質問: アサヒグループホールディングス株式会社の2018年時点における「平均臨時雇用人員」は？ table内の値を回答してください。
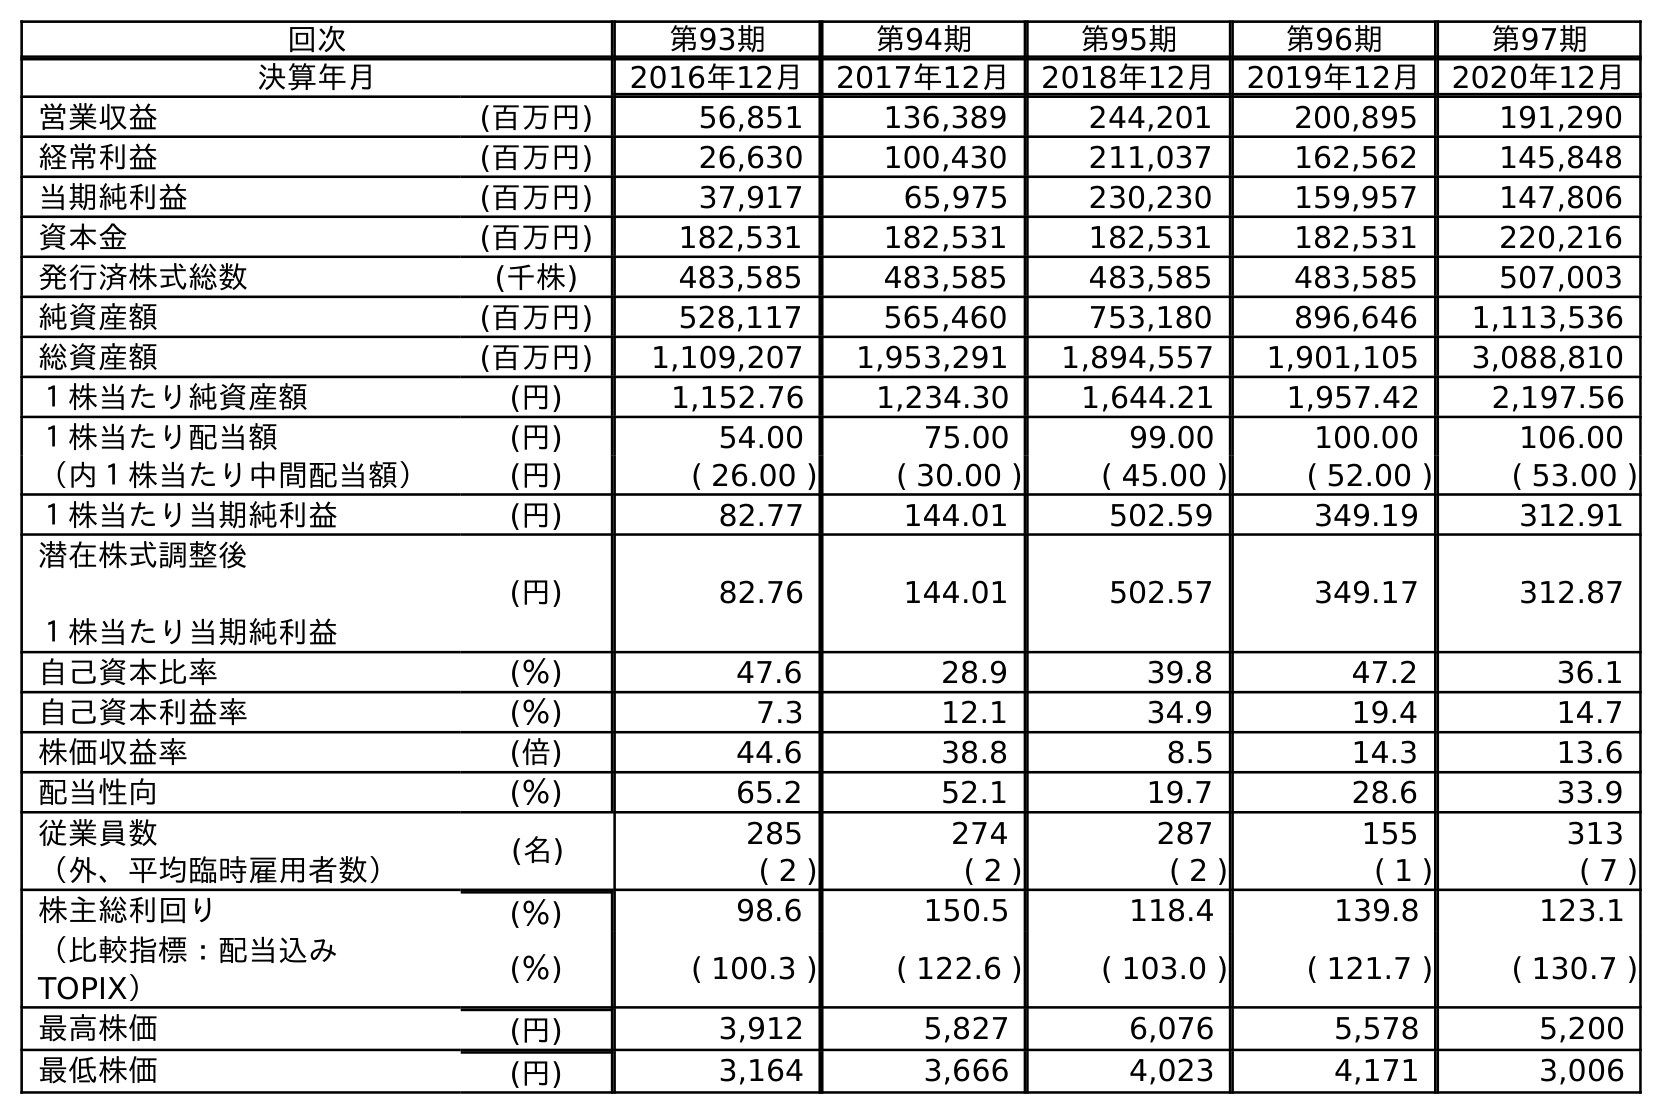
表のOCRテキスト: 回次 第93期 第94期 第95期 第96期 第97期 決算年月 2016年12月 2017年12月 2018年12月 2019年12月 2020年12月 営業収益 (百万円) 56,851 136,389 244,201 200,895 191,290 経常利益 (百万円) 26,630 100,430 211,037 162,562 145,848 当期純利益 (百万円) 37,917 65,975 230,230 159,957 147,806 資本金 (百万円) 182,531 182,531 182,531 182,531 220,216 発行済株式総数 (千株) 483,585 483,585 483,585 483,585 507,003 純資産額 (百万円) 528,117 565,460 753,180 896,646 1,113,536 総資産額 (百万円) 1,109,207 1,953,291 1,894,557 1,901,105 3,088,810 １株当たり純資産額 (円) 1,152.76 1,234.30 1,644.21 1,957.42 2,197.56 １株当たり配当額 (円) 54.00 75.00 99.00 100.00 106.00 （内１株当たり中間配当額） (円) ( 26.00 ) ( 30.00 ) ( 45.00 ) ( 52.00 ) ( 53.00 ) １株当たり当期純利益 (円) 82.77 144.01 502.59 349.19 312.91 潜在株式調整後 １株当たり当期純利益 (円) 82.76 144.01 502.57 349.17 312.87 自己資本比率 (％) 47.6 28.9 39.8 47.2 36.1 自己資本利益率 (％) 7.3 12.1 34.9 19.4 14.7 株価収益率 (倍) 44.6 38.8 8.5 14.3 13.6 配当性向 (％) 65.2 52.1 19.7 28.6 33.9 従業員数 (名) 285 274 287 155 313 （外、平均臨時雇用者数） ( 2 ) ( 2 ) ( 2 ) ( 1 ) ( 7 ) 株主総利回り (％) 98.6 150.5 118.4 139.8 123.1 （比較指標：配当込み TOPIX） (％) ( 100.3 ) ( 122.6 ) ( 103.0 ) ( 121.7 ) ( 130.7 ) 最高株価 (円) 3,912 5,827 6,076 5,578 5,200 最低株価 (円) 3,164 3,666 4,023 4,171 3,006
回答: (2)